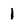
Character: 1